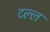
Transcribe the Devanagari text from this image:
टल्ल